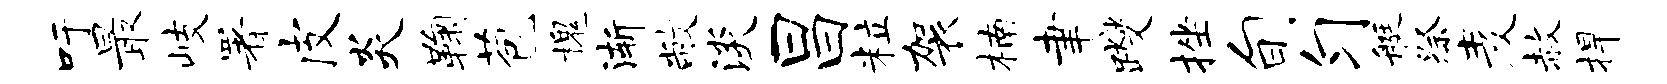
吁最岐署皮炎鞠苞槐渐敝淡昌粒袈楠聿躞挫旬匀艇祭麦赦捍